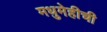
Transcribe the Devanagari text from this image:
मधुमेहीची